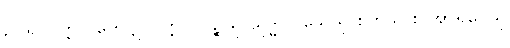
ဥပရူပပတ္တိပိ ဟေဋ္ဌူပပတ္တိပိ၊ ပဉ္စသု သုဒ္ဓါ ဝါသေသု စတူသု စ အာရူပေသု